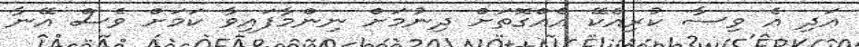
އަދި އެ ވިސާ ކުރިއެކޭ އެއްގޮތަށް ދިނުމަށް ނިންމާފައިވާ ކަމަށް ވެސް އޭނާ